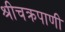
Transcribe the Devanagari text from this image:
श्रीचक्रपाणी